Indian journal of veterinary science and animal husbandry - Volume 3,
Year: 1933
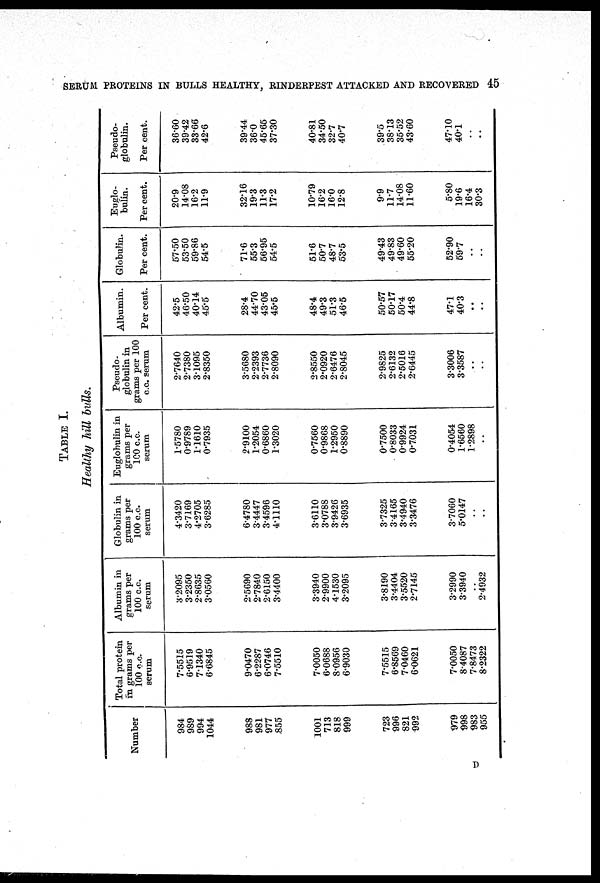
SERUM PROTEINS IN BULLS HEALTHY, RINDERPEST ATTACKED AND RECOVERED 45
TABLE I.
Healthy hill bulls.
Number
984
989
994
1044
988
981
977
855
1001
713
818
999
723
996
821
992
979
998
983
955
Total protein
in grams per
100 c.c.
serum
7.5515
6.9519
7.1340
6.6845
9.0470
6.2287
6.0746
7.5510
7.0050
6.0688
8.0956
6.9030
7.5515
6.8569
7.0460
6.0621
7.0050
8.4087
7.8473
8.2322
Albumin in
grams per
100 c.c.
serum
3.2095
3.2350
2.8635
3.0560
2.5690
2.7840
2.6150
3.4400
3.3940
2.9900
4.1530
3.2095
3.8190
3.4404
3.5520
2.7145
3.2990
3.3940
..
2.4932
Globulin in
grams per
100 c.c.
serum
4.3420
3.7169
4.2705
3.6285
6.4780
3.4447
3.4596
4.1110
3.6110
3.0788
3.9426
3.6935
3.7325
3.4165
3.4940
3.3476
3.7060
5.0147
..
..
Euglobulin in
grams per
100 c.c.
serum
1.5780
0.9789
1.1610
0.7935
2.9100
1.2054
0.6860
1.3020
0.7560
0.9868
1.2950
0.8890
0.7500
0.8033
0.9924
0.7031
0.4054
1.6560
1.2898
..
Pseudo¬
globulin in
grams per 100
c.c. serum
2.7640
2.7380
3.1095
2.8350
3.5680
2.2393
2.7736
2.8090
2.8550
2.0920
2.6476
2.8045
2.9825
2.6132
2.5016
2.6445
3.3006
3.3587
..
..
Albumin.
Per cent.
42.5
46.50
40.14
45.5
28.4
44.70
43.05
45.5
48.4
49.3
51.3
46.5
50.57
50.17
50.4
44.8
47.1
40.3
..
..
Globulin.
Per cent.
57.50
53.50
59.86
54.5
71.6
55.3
56.95
54.5
51.6
50.7
48.7
53.5
49.43
49.83
49.60
55.20
52.90
59.7
..
..
Euglo-
bulin.
Per cent.
20.9
14.08
16.2
11.9
32.16
19.3
11.3
17.2
10.79
16.2
16.0
12.8
9.9
11.7
14.08
11.60
5.80
19.6
16.4
30.3
Pseudo-
globulin.
Per cent.
36.60
39.42
33.66
42.6
39.44
36.0
45.65
37.30
40.81
34.50
32.7
40.7
39.5
38.13
35.52
43.60
47.10
40.1
..
..
D